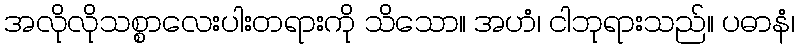
အလိုလိုသစ္စာလေးပါးတရားကို သိသော။ အဟံ၊ ငါဘုရားသည်။ ပဓာနံ၊